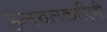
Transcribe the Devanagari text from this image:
हलचलकारिणी